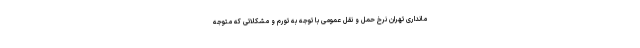
مانداری تهران نرخ حمل و نقل عمومی با توجه به تورم و مشکلاتی که متوجه